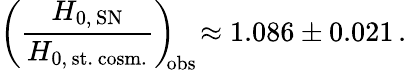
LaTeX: \left(\frac{H_{0,\, \mathrm{SN}}}{H_{0,\, \mathrm{st.\, cosm.}}}\right)_{\! \! \mathrm{obs}}\! \approx 1.086\pm 0.021\, .